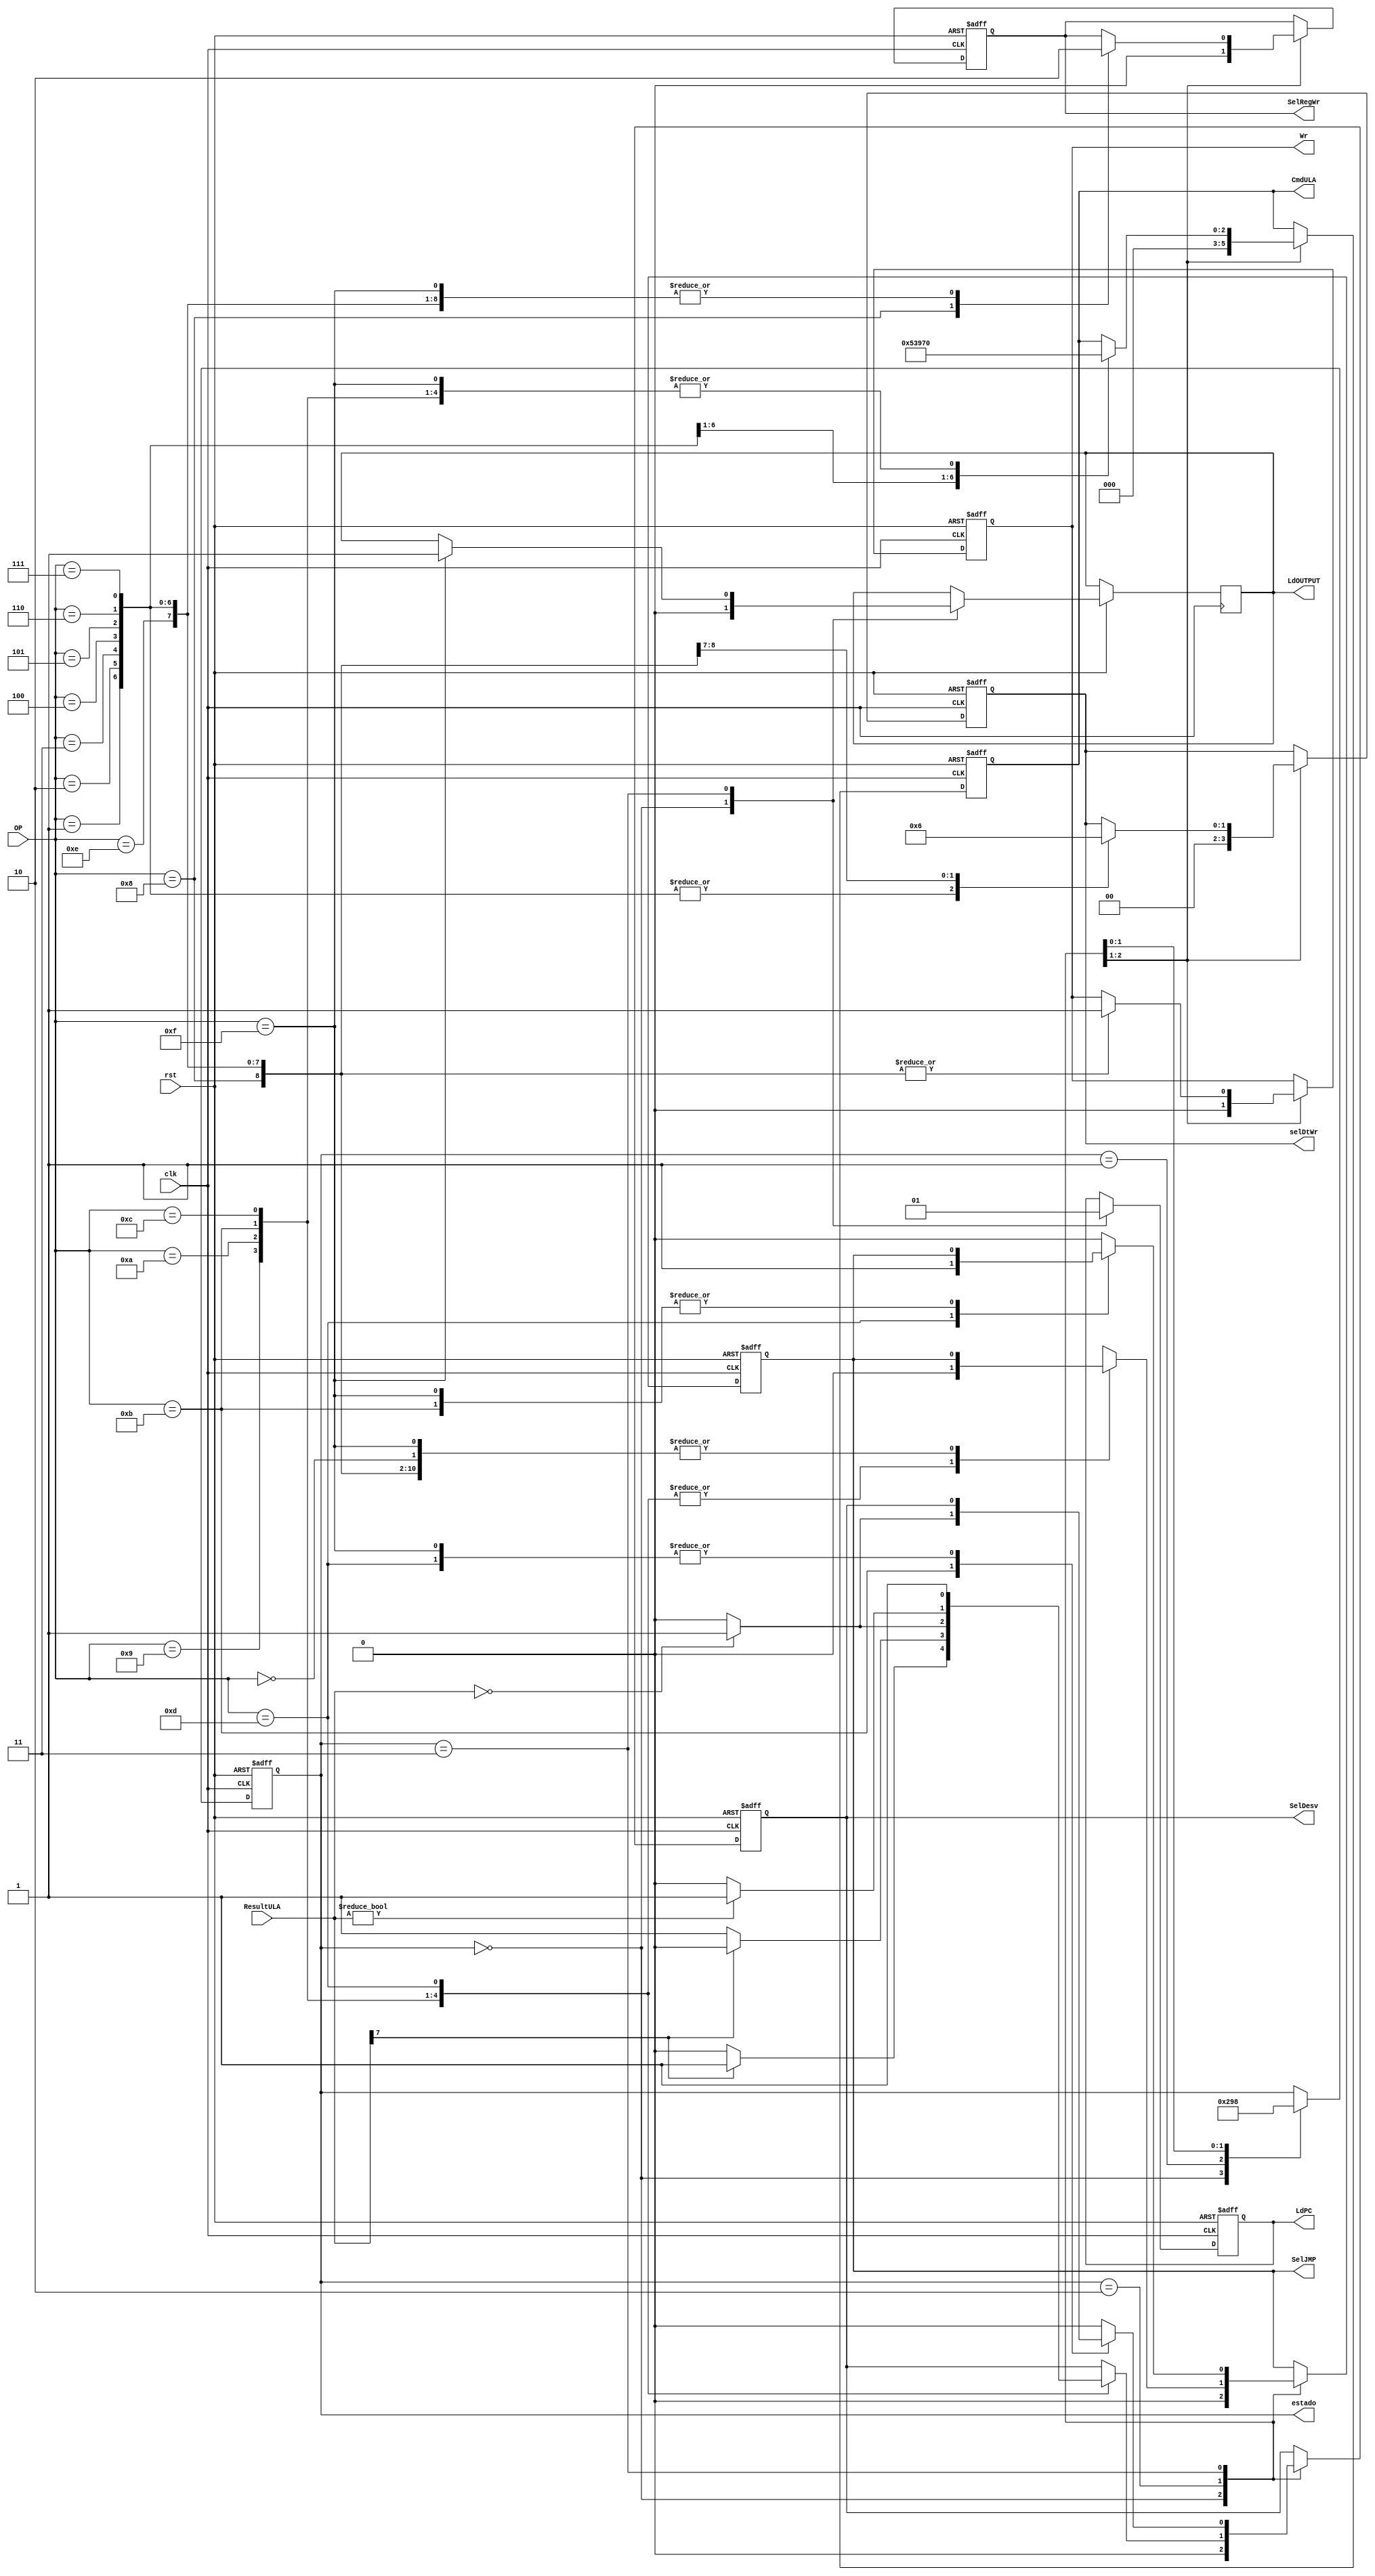
 
module ctrl ( 	estado, 
					clk, 
					rst, 
					OP, 
					ResultULA, 
					selDtWr, 
					Wr, 
					LdPC, 
					SelJMP, 
					SelDesv, 
					CmdULA, 
					LdOUTPUT,
					SelRegWr
					);
  input clk, rst;
  input [3:0] OP;
  input [7:0] ResultULA;
  output reg SelRegWr;
  output reg Wr, LdPC, SelJMP, SelDesv, LdOUTPUT;
  output reg [1:0] selDtWr;         //alterada o valor da chave para 2 bits
  output reg [2:0] CmdULA; 
  output reg [2:0] estado;
  
// opcode das instrues					
  localparam opNOP  =4'h0, 
				opADD  =4'h1,
				opAND  =4'h2,
				opOR   =4'h3,
				opSUB  =4'h4,
				opNEG	 =4'h5,
				opNOT  =4'h6,
				opCPY  =4'h7,
				opLRG  =4'h8, 
				opBLT  =4'h9, 
				opBGT  =4'hA, 
				opBEQ  =4'hB, 
				opBNE  =4'hC, 
				opJMP  =4'hD, 
				opINPUT=4'hE,
				opOUTPUT=4'hF;


  // comandos para a ULA				
  localparam cmdTSTR1 =3'd0, 
				cmdADD   =3'd1,
				cmdAND   =3'd2,
				cmdOR    =3'd3,
				cmdSUB   =3'd4,
				cmdNEG   =3'd5,
				cmdNOT   =3'd6;		
  
  always @ (posedge clk or negedge rst) begin
		if (rst==0) begin // reseta todos os sinais de controle
		   estado = 3'd0;
		   selDtWr <= 2'b00; 
		   Wr <= 1'b0;
		   LdPC <= 1'b0;
			SelJMP <= 1'b0;
			SelDesv <= 1'b0;
			CmdULA <= cmdTSTR1;
			estado <= 3'd1;
			SelRegWr <= 1'b0;	
		end 
		else begin
		  case (estado)
		    0: begin // reseta todos os sinais de controle para proceder a carga de uma nova instruo
					selDtWr <= 1'b0; 
					Wr <= 1'b0;
					LdPC <= 1'b0;
					SelJMP <= 1'b0;
					SelDesv <= 1'b0;
					CmdULA <= cmdTSTR1;
					estado <= 3'd1;
					LdOUTPUT <= 1'b0;
					SelRegWr <= 1'b0;
				 end 	
			 1: estado <= 3'd2; // aguarda a leitura da instruo na memria
			 2: begin           // decodifica a instruo e programa o caminho de dados
			      case (OP)
					  opNOP:begin end     // no executa nada
					  opADD:begin	 
								  CmdULA <= cmdADD; // envia comando para ula efetuar operaao add
								  SelRegWr <= 1'b0; // multiplexador libera o canal para o endereo de escrita
								  selDtWr <= 2'b00; // multiplexador libera o canal para o dado do resultado ula para o banco
								  Wr <= 1'b1;       // envia sinal ativo para escrever no banco registrador
							   end
					  opAND:begin
								  CmdULA <= cmdAND; // envia comando para ula efetuar operaao and
								  SelRegWr <= 1'b0; // multiplexador libera o canal para o endereo de escrita
								  selDtWr <= 2'b00;  // multiplexador libera o canal para o dado do resultado ula para o banco
								  Wr <= 1'b1;       // envia sinal ativo para escrever no banco registrador
							  end
					  opOR:begin
								  CmdULA <= cmdOR;  // envia comando para ula efetuar operaao or
								  SelRegWr <= 1'b0; // multiplexador libera o canal para o endereo de escrita
								  selDtWr <= 2'b00;  // multiplexador libera o canal para o dado do resultado ula para o banco
								  Wr <= 1'b1;       // envia sinal ativo para escrever no banco registrador
					       end
					  opSUB:begin
								  CmdULA <= cmdSUB; // envia comando para ula efetuar operaao sub
								  SelRegWr <= 1'b0; // multiplexador libera o canal para o endereo de escrita
								  selDtWr <= 2'b00;  // multiplexador libera o canal para o dado do resultado ula para o banco
								  Wr <= 1'b1;       // envia sinal ativo para escrever no banco registrador
							  end
					  opNEG:begin
								  CmdULA <= cmdNEG; // envia comando para ula efetuar operaao neg
								  SelRegWr <= 1'b0; // multiplexador libera o canal para o endereo de escrita								  
								  selDtWr <= 2'b00;  // multiplexador libera o canal para o dado do resultado ula para o banco
								  Wr <= 1'b1;       // envia sinal ativo para escrever no banco registrador
					        end
					  opNOT:begin
					           CmdULA <= cmdNOT; // envia comando para ula efetuar operaao not
								  SelRegWr <= 1'b0; // multiplexador libera o canal para o endereo de escrita								  
								  selDtWr <= 2'b00;  // multiplexador libera o canal para o dado do resultado ula para o banco
								  Wr <= 1'b1;       // envia sinal ativo para escrever no banco registrador
							  end					  
					  opCPY:begin
								  CmdULA <= cmdTSTR1; // envia comando para ula que retorna o registrador r1
								  selDtWr <= 2'b00;   // multiplexador libera o resultado da ula para dadoWR
					           SelRegWr <= 1'b0;   // multiplexador libera o canal para o endereo de escrita
								  selDtWr <= 2'b00;  // multiplexador libera o canal para o dado do resultado ula para o banco
								  Wr <= 1'b1;         // envia sinal ativo para escrever no banco registrador
					        end
					  opLRG: begin
					            SelRegWr <= 1'b1;  // multiplexador libera o canal para o endereo do registrador R1
					            selDtWr <= 2'b01;  // multiplexador libera o canal para o dado imediato
									Wr <= 1'b1;			 // envia sinal ativo para escrever no banco registrador
								end
					  opBLT:begin
									CmdULA <= cmdTSTR1;     // envia comando para ula que retorna o registrador r1
									if(ResultULA[7] == 1) 	// verifica o bit na posio 7 do resultULA e executa
										begin											
											SelDesv <= 1'b1;	// multiplexador libera o canal para o resultado do somador de PC + 1, com o campo imediato
											SelJMP = 1'b0;		// multiplexador libera o canal para PC com o resultado do desvio
										end
									else
										begin											
											SelDesv <= 1'b0;	// multiplexador libera o canal para o resultado do somador de PC + 1
											SelJMP <= 1'b0;	// multiplexador libera o canal para PC com o resultado do desvio
										end
							  end
					  opBGT:begin
									CmdULA <= cmdTSTR1;     // envia comando para ula que retorna o registrador r1
									if(ResultULA[7] == 0) 	// verifica o bit na posio 7 do resultULA e executa
										begin											
											SelDesv <= 1'b1;	// multiplexador libera o canal para o resultado do somador de PC + 1, com o campo imediato
											SelJMP = 1'b0;		// multiplexador libera o canal para PC com o resultado do desvio
										end
									else
										begin											
											SelDesv <= 1'b0;	// multiplexador libera o canal para o resultado do somador de PC + 1
											SelJMP <= 1'b0;	// multiplexador libera o canal para PC com o resultado do desvio
										end
							  end
					  opBEQ:begin
									CmdULA <= cmdTSTR1;     // envia comando para ula que retorna o registrador r1
									if(ResultULA == 0) 		// verifica o resultULA e executa
										begin											
											SelDesv <= 1'b1;	// multiplexador libera o canal para o resultado do somador de PC + 1, com o campo imediato
											SelJMP = 1'b0;		// multiplexador libera o canal para PC com o resultado do desvio
										end
									else
										begin											
											SelDesv <= 1'b0;	// multiplexador libera o canal para o resultado do somador de PC + 1
											SelJMP <= 1'b0;	// multiplexador libera o canal para PC com o resultado do desvio
										end
							  end
					  opBNE:begin
									CmdULA <= cmdTSTR1;     // envia comando para ula que retorna o registrador r1
									if(ResultULA != 0) 		// verifica o resultULA e executa
										begin											
											SelDesv <= 1'b1;	// multiplexador libera o canal para o resultado do somador de PC + 1, com o campo imediato
											SelJMP = 1'b0;		// multiplexador libera o canal para PC com o resultado do desvio
										end
									else
										begin											
											SelDesv <= 1'b0;	// multiplexador libera o canal para o resultado do somador de PC + 1
											SelJMP <= 1'b0;	// multiplexador libera o canal para PC com o resultado do desvio
										end
							  end
					  opJMP:begin
							      SelDesv <= 1'b1;   // multiplexador libera o canal para o resultado do somador de PC + 1, com o campo imediato
									SelJMP <= 1'b0;    // multiplexador libera o canal para PC com o resultado do desvio
							  end
					  opINPUT:begin
					            SelRegWr <= 1'b0;  // multiplexador libera o canal para o endereo de escrita
					            selDtWr <= 2'b10;  // multiplexador libera o canal para o dado da placa
									Wr <= 1'b1;			 // envia sinal ativo para escrever no banco registrador
								 end
					  opOUTPUT:begin
										CmdULA <= cmdTSTR1; //manda a ula retornar como resultado o valor do registrador 1
										
										SelRegWr <= 1'b0;	  //como a instuao output foi setada, seu endereo de destino est
																  //numa das entradas do multiplexador, chaveando para 0 o endereo
																  //de destino sr passado ao resultado do multiplexador, esse resultado
																  //est ligado ao modulo exit, que usa este endereo para dizer a qual saida
																  //o resultULA ser destinado 
										
								  end 		
					endcase  
				   estado <= 3'd3; //
				 end
			 3: begin  // prepara a carga da prxima instruo
					LdPC <= 1'b1;
					estado <= 3'd0; //
//			      Wr <= 1'b0;
//					estado <= 3'd4; 
					case (OP)
			        opJMP: SelJMP <= 1'b1;
					  opBEQ: SelDesv <= (ResultULA == 8'd0 ? 1'b1 : 1'b0);
					  opOUTPUT:  LdOUTPUT <= 1'b1; 
					  default: begin
									 SelJMP = 0;
									 SelDesv = 0;
								  end
			      endcase
				 end
//			 4: begin
//			      estado <= 3'd0; 
//					LdPC <= 1'b1;
//				 end
			 default:; 	 
		  endcase  
		end
  end
  
  
endmodule